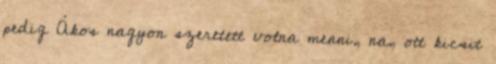
pedig Ákos nagyon szeretett volna menni, na, ott kicsit